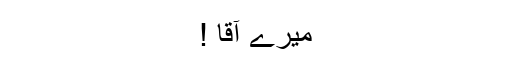
میرے آقا !